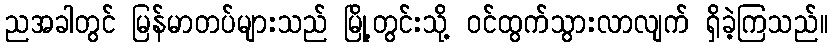
ညအခါတွင် မြန်မာတပ်များသည် မြို့တွင်းသို့ ဝင်ထွက်သွားလာလျက် ရှိခဲ့ကြသည်။